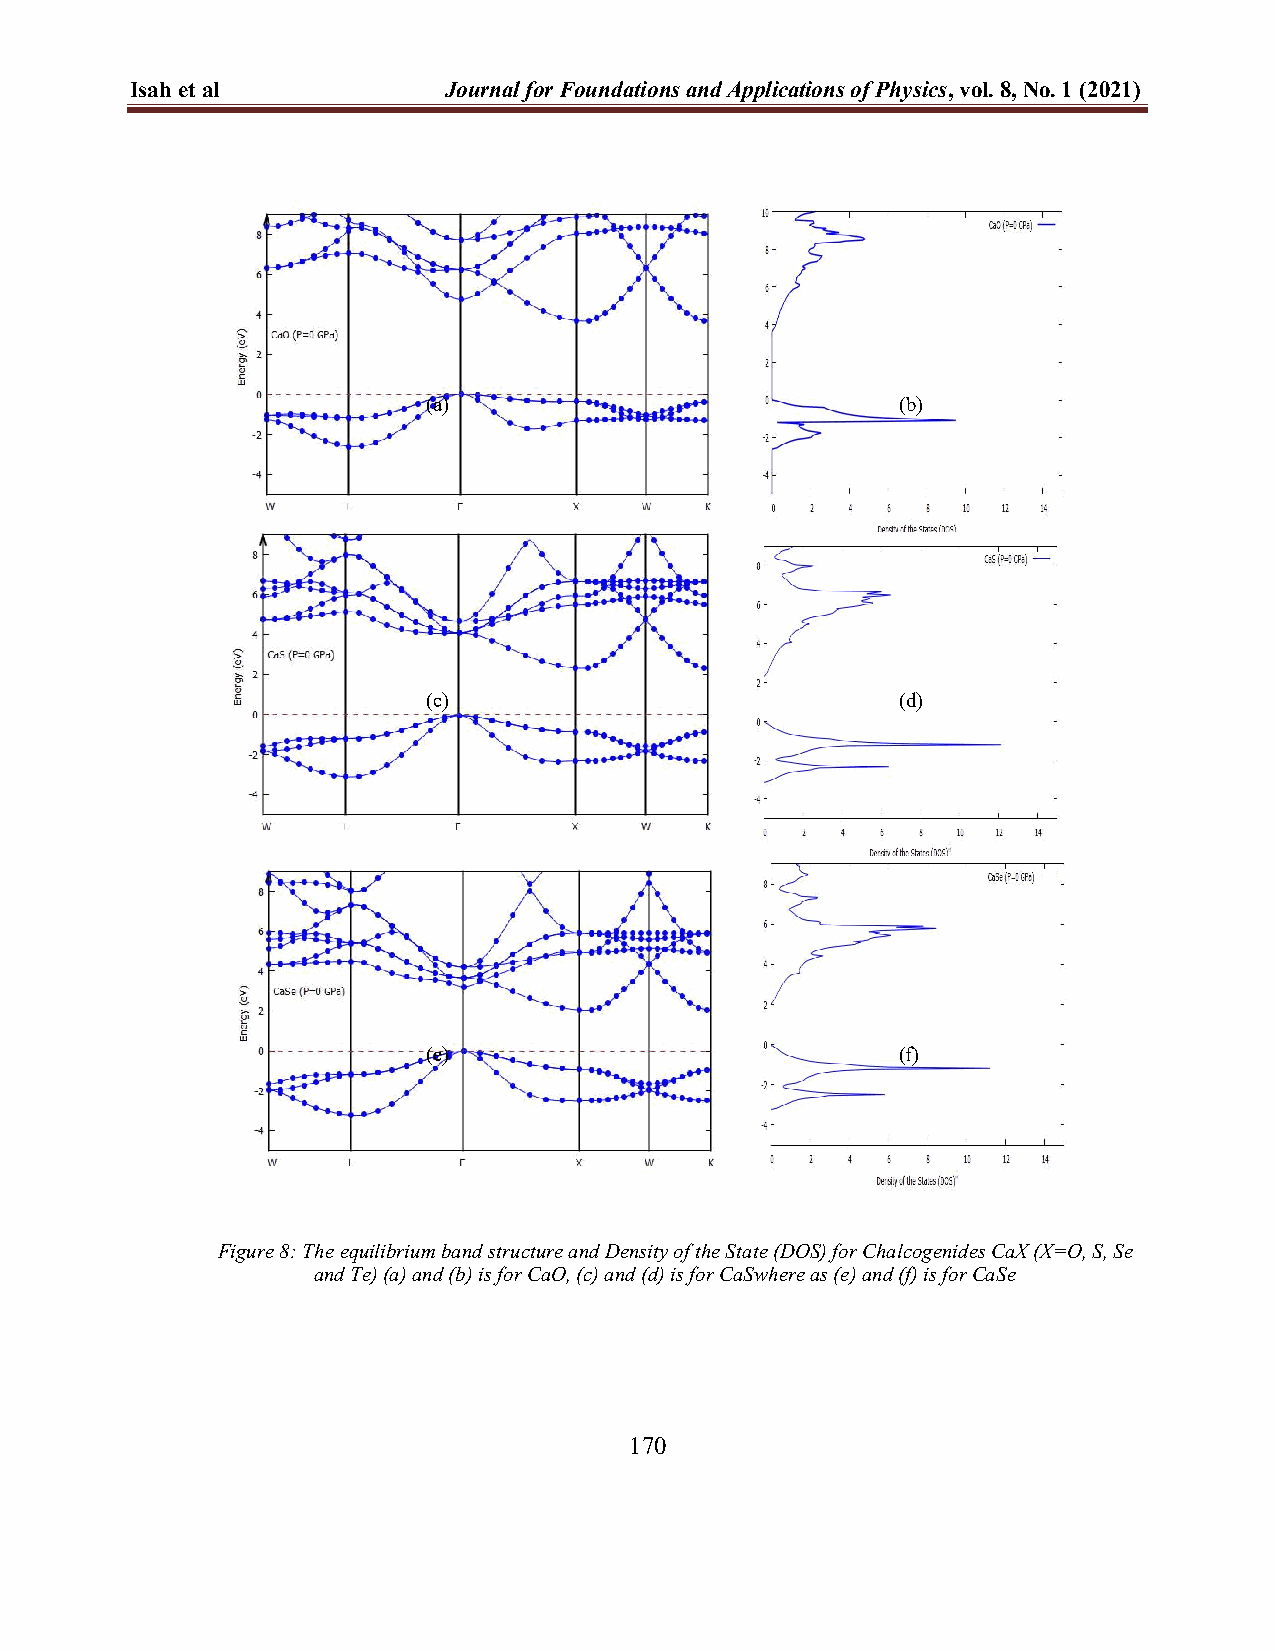
Isah et al          Journal for Foundations and Applications of Physics, vol. 8, No. 1 (2021)
 (a)                             (b)
 (c)                             (d)
 (e)                             (f)
 Figure 8: The equilibrium band structure and Density of the State (DOS) for Chalcogenides CaX (X=O, S, Se
 and Te) (a) and (b) is for CaO, (c) and (d) is for CaSwhere as (e) and (f) is for CaSe
 170